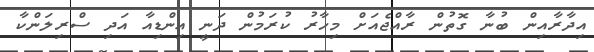
އިދާރާއިން ބުނާ ގޮތުން ރާއްޖެއަށް މިހާރު ކުރަމުން ދަނީ އިންޑިއާ އަދި ސްރިލަންކާ